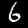
Digit: 6